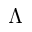
\Lambda